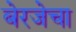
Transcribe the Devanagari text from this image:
बेरजेचा